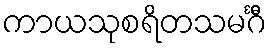
ကာယသုစရိတသမင်္ဂီ